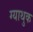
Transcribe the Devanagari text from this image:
ग्याथुक